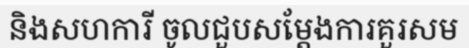
និងសហការី ចូលជួបសម្តែងការគួរសម